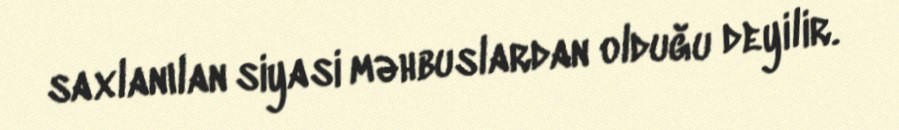
saxlanılan siyasi məhbuslardan olduğu deyilir.